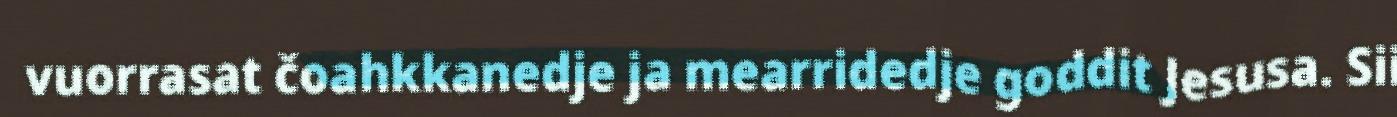
vuorrasat čoahkkanedje ja mearridedje goddit Jesusa. Sii